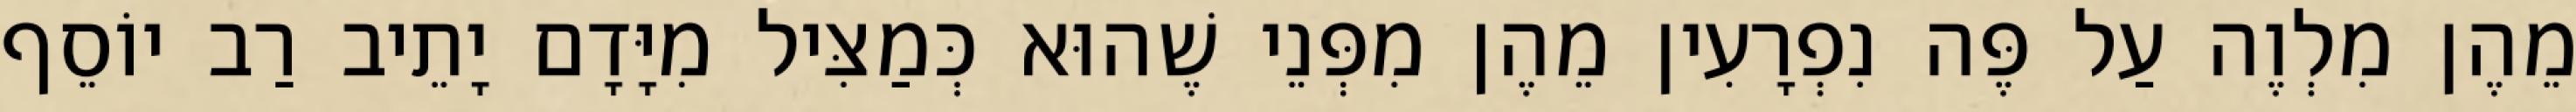
מֵהֶן מִלְוֶה עַל פֶּה נִפְרָעִין מֵהֶן מִפְּנֵי שֶׁהוּא כְּמַצִּיל מִיָּדָם יָתֵיב רַב יוֹסֵף